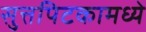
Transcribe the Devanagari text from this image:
सुत्तपिटकामध्ये